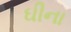
ઘીના